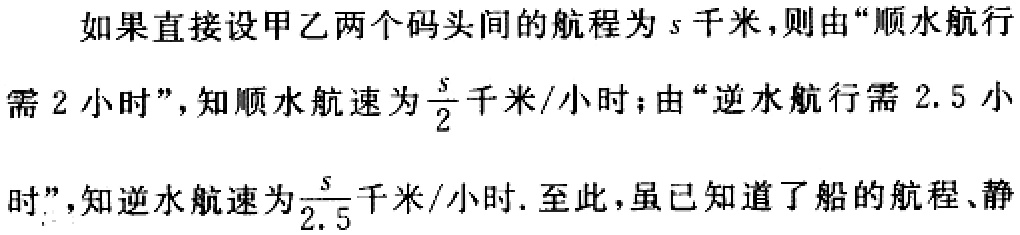
如果直接设甲乙两个码头间的航程为\(s\)千米，则由“顺水航行需\(2\)小时”，知顺水航速为\(\frac{s}{2}\)千米/小时；由“逆水航行需\(2.5\)小时”，知逆水航速为\(\frac{s}{2.5}\)千米/小时. 至此，虽已知道了船的航程、静